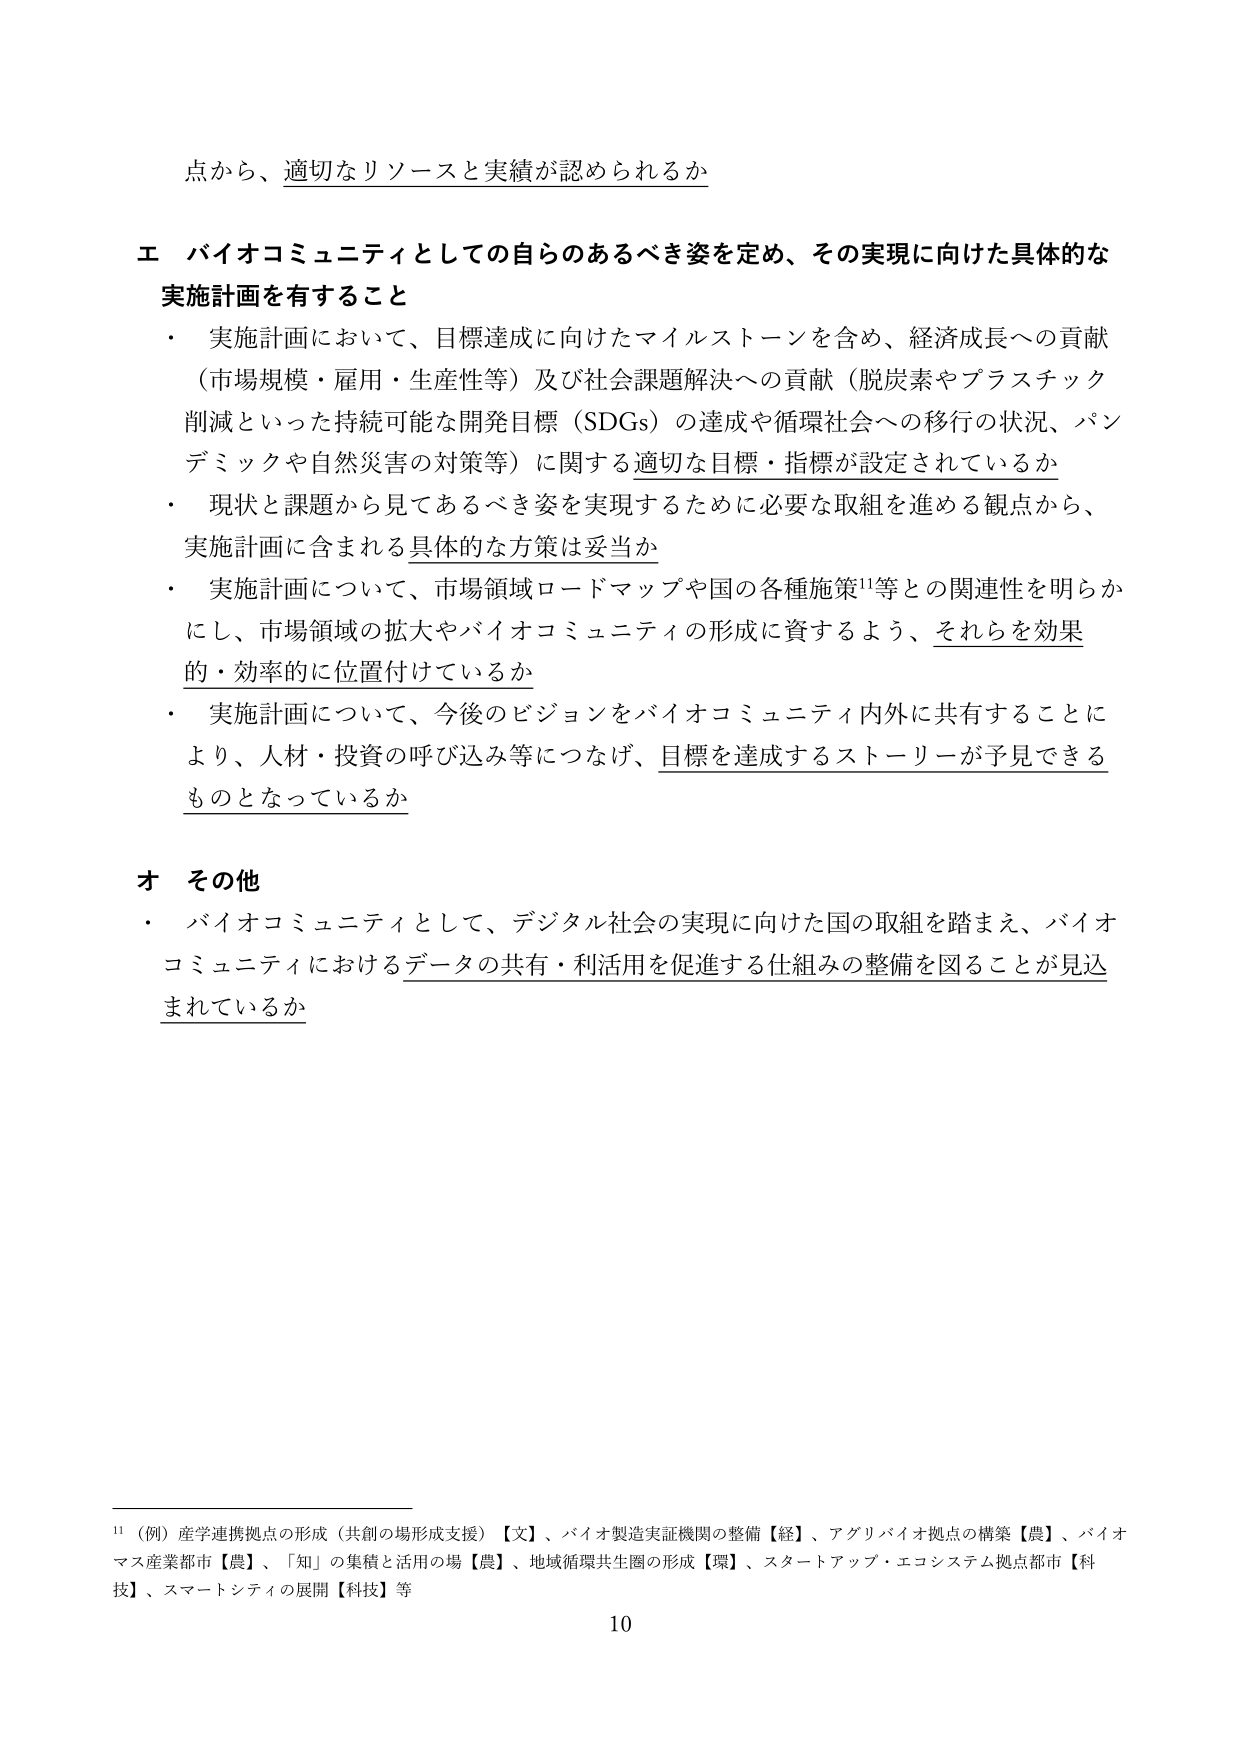
点から、適切なリソースと実績が認められるか

エ バイオコミュニティとしての自らのあるべき姿を定め、その実現に向けた具体的な
実施計画を有すること
・ 実施計画において、目標達成に向けたマイルストーンを含め、経済成長への貢献
（市場規模・雇用・生産性等）及び社会課題解決への貢献（脱炭素やプラスチック
削減といった持続可能な開発目標（SDGs）の達成や循環社会への移行の状況、パン
デミックや自然災害の対策等）に関する適切な目標・指標が設定されているか
・ 現状と課題から見てあるべき姿を実現するために必要な取組を進める観点から、
実施計画に含まれる具体的な方策は妥当か
・ 実施計画について、市場領域ロードマップや国の各種施策¹¹等との関連性を明らか
にし、市場領域の拡大やバイオコミュニティの形成に資するよう、それらを効果
的・効率的に位置付けているか
・ 実施計画について、今後のビジョンをバイオコミュニティ内外に共有することに
より、人材・投資の呼び込み等につなげ、目標を達成するストーリーが予見できる
ものとなっているか

オ その他
・ バイオコミュニティとして、デジタル社会の実現に向けた国の取組を踏まえ、バイオ
コミュニティにおけるデータの共有・利活用を促進する仕組みの整備を図ることが見込
まれているか

¹¹（例）産学連携拠点の形成（共創の場形成支援）【文】、バイオ製造実証機関の整備【経】、アグリバイオ拠点の構築【農】、バイオ
マス産業都市【農】、「知」の集積と活用の場【農】、地域循環共生圏の形成【環】、スタートアップ・エコシステム拠点都市【科
技】、スマートシティの展開【科技】等

10